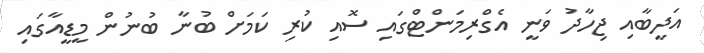
އަދީބާއި ޖިހާދު ވަނީ އެގްރިމަންޓްގައި ސޮއި ކުރި ކަމަށް ބުނާ ބުނުން މީޑީއާގައި